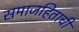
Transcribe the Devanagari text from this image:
समाजहिताची